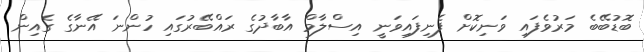
ބޮޑުބޭބެ މަރުވެފައި ވަނިކޮށް ފެނިފައިވަނީ އިސްލާމް އާބާދުގެ ރައްބޭރުގައި ހުންނަ އޭނާގެ ގެއިން